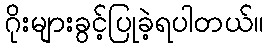
ဂိုးများခွင့်ပြုခဲ့ရပါတယ်။